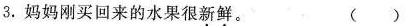
3.妈妈刚买回来的水果很\underset{·}{新}\underset{·}{鲜}。 ( )